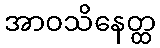
အာဝသိနေတ္ထ